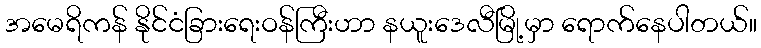
အမေရိကန် နိုင်ငံခြားရေးဝန်ကြီးဟာ နယူးဒေလီမြို့မှာ ရောက်နေပါတယ်။